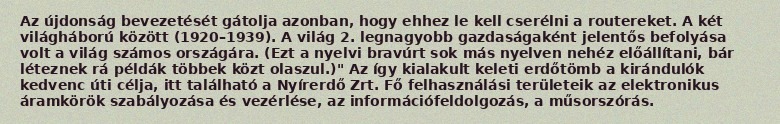
Az újdonság bevezetését gátolja azonban, hogy ehhez le kell cserélni a routereket. A két világháború között (1920–1939). A világ 2. legnagyobb gazdaságaként jelentős befolyása volt a világ számos országára. (Ezt a nyelvi bravúrt sok más nyelven nehéz előállítani, bár léteznek rá példák többek közt olaszul.)" Az így kialakult keleti erdőtömb a kirándulók kedvenc úti célja, itt található a Nyírerdő Zrt. Fő felhasználási területeik az elektronikus áramkörök szabályozása és vezérlése, az információfeldolgozás, a műsorszórás.